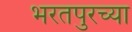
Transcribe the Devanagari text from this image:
भरतपुरच्या